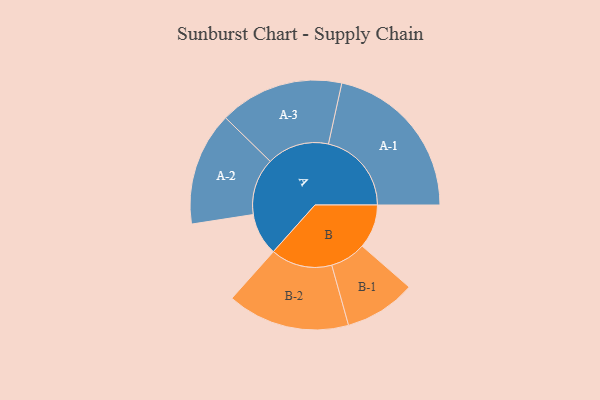
{"axis": {"x": "Segment", "y": "Value"}, "legend": ["", "A", "B"], "data": [{"x": "A", "y": 148, "type": ""}, {"x": "B", "y": 154, "type": ""}, {"x": "A-1", "y": 291, "type": "A"}, {"x": "A-2", "y": 199, "type": "A"}, {"x": "A-3", "y": 218, "type": "A"}, {"x": "B-1", "y": 125, "type": "B"}, {"x": "B-2", "y": 215, "type": "B"}]}